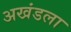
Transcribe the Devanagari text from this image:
अखंडला